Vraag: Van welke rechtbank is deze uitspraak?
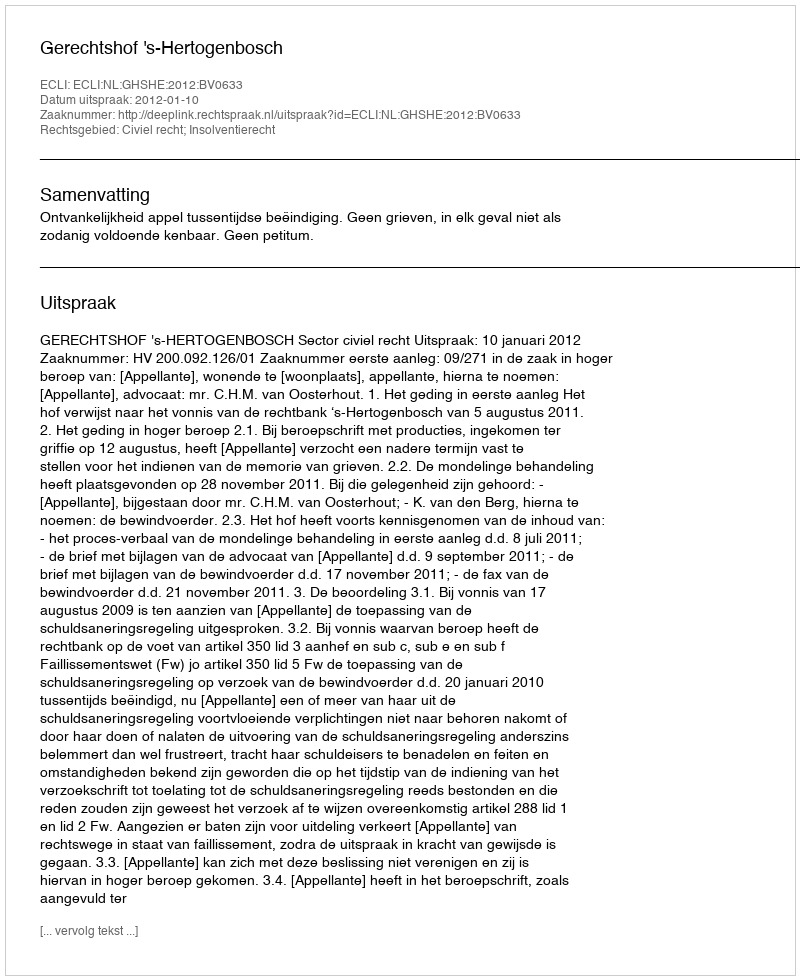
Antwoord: Gerechtshof 's-Hertogenbosch